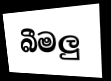
බීමලු